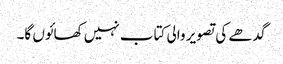
گدھے کی تصویر والی کتاب نہیں کھائوں گا۔